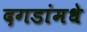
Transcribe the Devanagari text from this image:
दगडांमधे